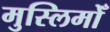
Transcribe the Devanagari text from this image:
मुस्लिमोँ